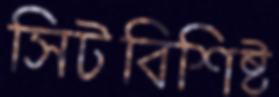
সিটবিশিষ্ট